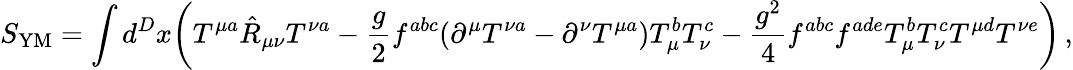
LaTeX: S_{\mathrm{YM}}=\int d^{D}x\bigg(T^{\mu a}\hat{R}_{\mu\nu}T^{\nu a}-\frac{g}{2}f^{abc}(\partial^{\mu}T^{\nu a}-\partial^{\nu}T^{\mu a})T_{\mu}^{b}T_{\nu}^{c}-\frac{g^{2}}{4}f^{abc}f^{ade}T_{\mu}^{b}T_{\nu}^{c}T^{\mu d}T^{\nu e}\bigg)\, ,